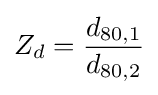
Z_{d}={\frac {d_{80,1}}{d_{80,2}}}